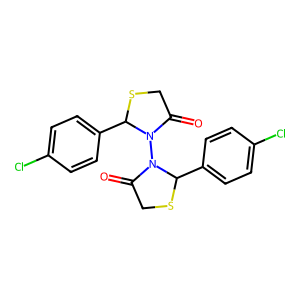
SMILES: O=C1CSC(c2ccc(Cl)cc2)N1N1C(=O)CSC1c1ccc(Cl)cc1
Inhibits HIV replication: No